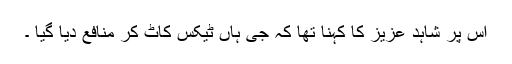
اس پر شاہد عزیز کا کہنا تھا کہ جی ہاں ٹیکس کاٹ کر منافع دیا گیا ۔